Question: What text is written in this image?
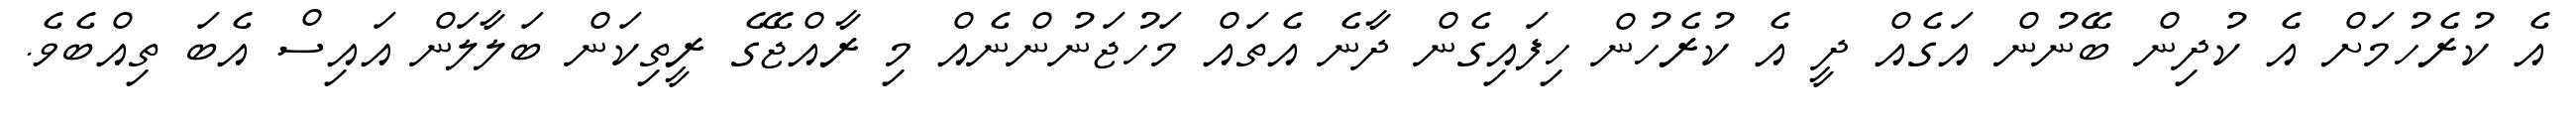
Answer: އެ ކުރެހުމަށް އެ ކުދިން ބޭނުން އަގެއް ދީ އެ ކުރެހުން ހިފައިގެން ދާނެ އެތައް މަހުޖަނުންނެއް މި ރާއްޖޭގެ ރީތިކަން ބަލާލަން އައިސް އެބަ ތިއްބެވެ.